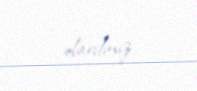
olardınız.